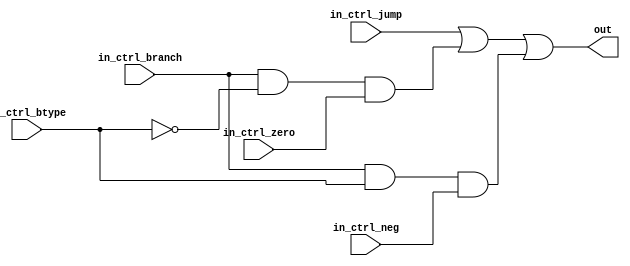
`timescale 1ns / 1ps

/*
    in_ctrl_btype:
        0: BRZ - branch if zero
        1: BRN - branch if negative
*/
module PCControl (
        input in_ctrl_branch,
        input in_ctrl_btype,
        input in_ctrl_jump,
        input in_ctrl_neg,
        input in_ctrl_zero,
        output reg out
    );

    initial begin
        out = 0;
    end

    always @(in_ctrl_branch or in_ctrl_btype or in_ctrl_jump or in_ctrl_neg or in_ctrl_zero)
        out = in_ctrl_jump
            || (in_ctrl_branch && !in_ctrl_btype && in_ctrl_zero)
            || (in_ctrl_branch && in_ctrl_btype && in_ctrl_neg);

endmodule // PCControl